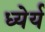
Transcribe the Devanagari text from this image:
ध्येर्य